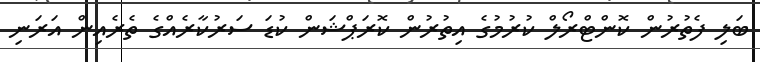
ބަލި ފެތުރުން ކޮންޓްރޯލް ކުރުމުގެ އިތުރުން ކޮރަޕްޝަން ކުޑަ ސަރުކާރެއްގެ ތެރެއިން އަރަނި